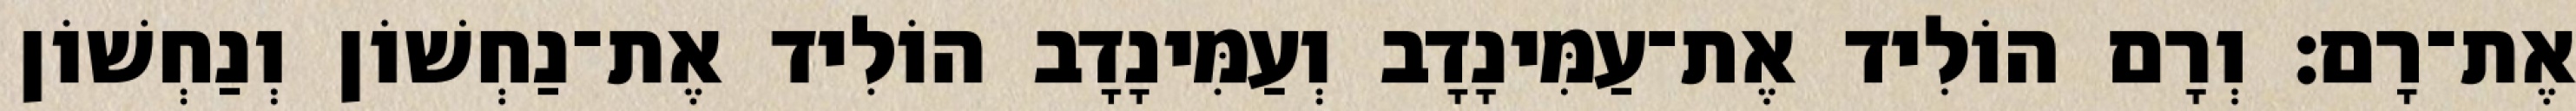
אֶת־רָם׃ וְרָם הוֹלִיד אֶת־עַמִּינָדָב וְעַמִּינָדָב הוֹלִיד אֶת־נַחְשׁוֹן וְנַחְשׁוֹן